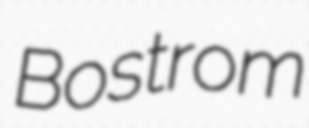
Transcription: Bostrom